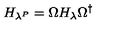
H _ { \lambda ^ { P } } = \Omega H _ { \lambda } \Omega ^ { \dagger }